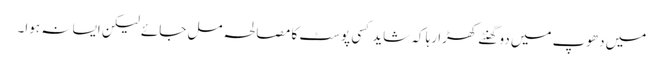
میں دھوپ میں دو گھنٹے کھڑا رہا کہ شاید کسی پوسٹ کا مصالحہ مل جائے لیکن ایسا نہ ہوا۔